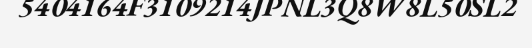
5404164F3109214JPNL3Q8W8L50SL2